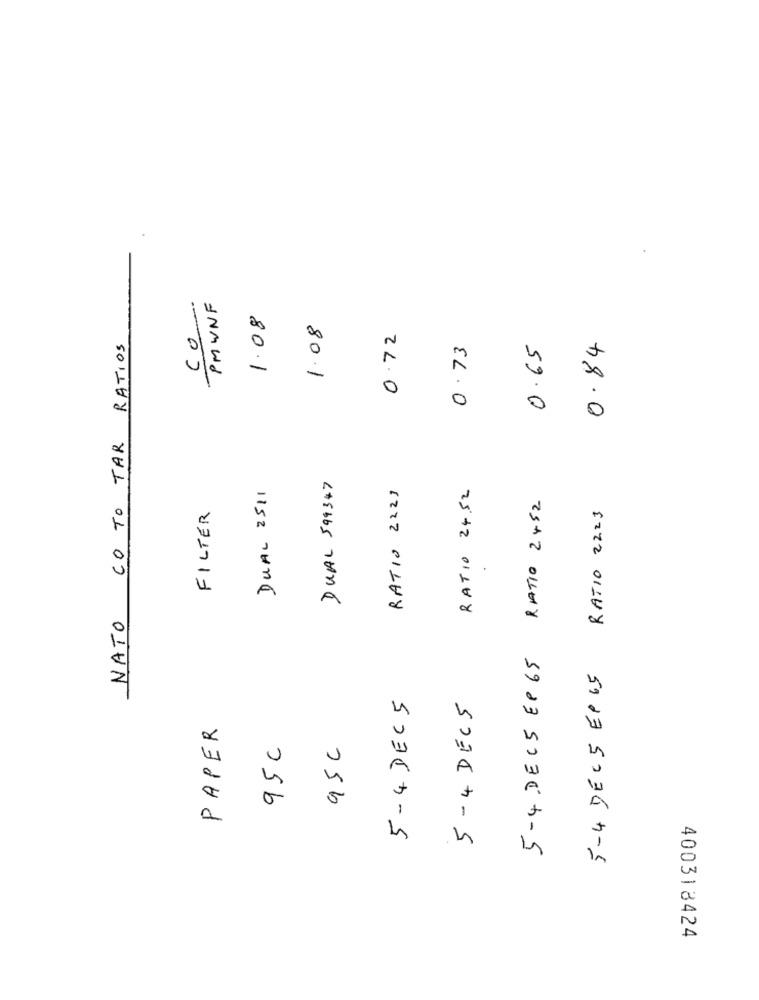
co-
PMWNF
1.08
1.08
0.72
CO TO TAR RATIOS
0.73
0.65
0.84
DUAL 2511
DUAL 599347
RATIO 2221
RATIO 24.52
5-4.DEC5 EP 65 RATIO 2452
FILTER
RATIO 2223
NATO
5-4 DEC5 EP65
5 - 4 DEC 5
5 - 4 DECS
PAPER
95c
95C
400318424